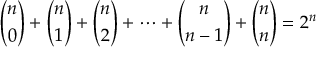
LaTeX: { \binom { n } { 0 } } + { \binom { n } { 1 } } + { \binom { n } { 2 } } + \cdots + { \binom { n } { n - 1 } } + { \binom { n } { n } } = 2 ^ { n }